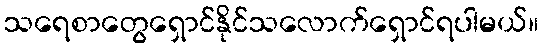
သရေစာတွေရှောင်နိုင်သလောက်ရှောင်ရပါမယ်။